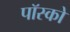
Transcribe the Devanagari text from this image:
पॉस्को